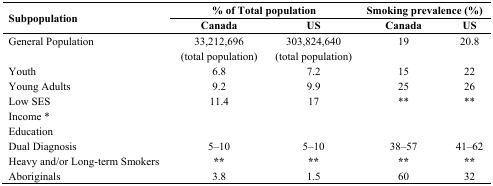
<table><thead><tr><td rowspan="3"><b>Subpopulation</b></td><td colspan="2"><b>% of Total population</b></td><td colspan="2"><b>Smoking prevalence (%)</b></td></tr><tr><td><b>Canada</b></td><td><b>US</b></td><td><b>Canada</b></td><td><b>US</b></td></tr></thead><tbody><tr><td>General Population</td><td>33,212,696 (total population)</td><td>303,824,640 (total population)</td><td>19</td><td>20.8</td></tr><tr><td>Youth</td><td>6.8</td><td>7.2</td><td>15</td><td>22</td></tr><tr><td>Young Adults</td><td>9.2</td><td>9.9</td><td>25</td><td>26</td></tr><tr><td>Low SES</td><td>11.4</td><td>17</td><td>**</td><td>**</td></tr><tr><td colspan="5">Income *</td></tr><tr><td colspan="5">Education</td></tr><tr><td>Dual Diagnosis</td><td>5–10</td><td>5–10</td><td>38–57</td><td>41–62</td></tr><tr><td>Heavy and/or Long-term Smokers</td><td>**</td><td>**</td><td>**</td><td>**</td></tr><tr><td>Aboriginals</td><td>3.8</td><td>1.5</td><td>60</td><td>32</td></tr></tbody></table>